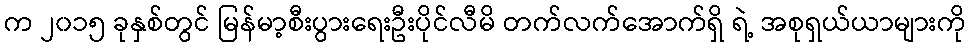
က ၂၀၁၅ ခုနှစ်တွင် မြန်မာ့စီးပွားရေးဦးပိုင်လီမိ တက်လက်အောက်ရှိ ရဲ့ အစုရှယ်ယာများကို